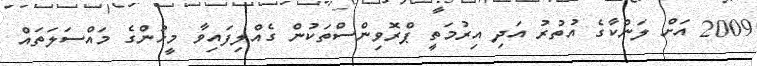
2009 އަށް ލަންކާގެ އުތުރު އަދި އިރުމަތީ ޕްރޮވިންސްތަކުން ގެއްލިފައިވާ މީހުންގެ މައްސަލަތައް